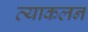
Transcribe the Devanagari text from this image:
व्याकलन